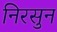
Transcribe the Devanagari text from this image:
निरसुन